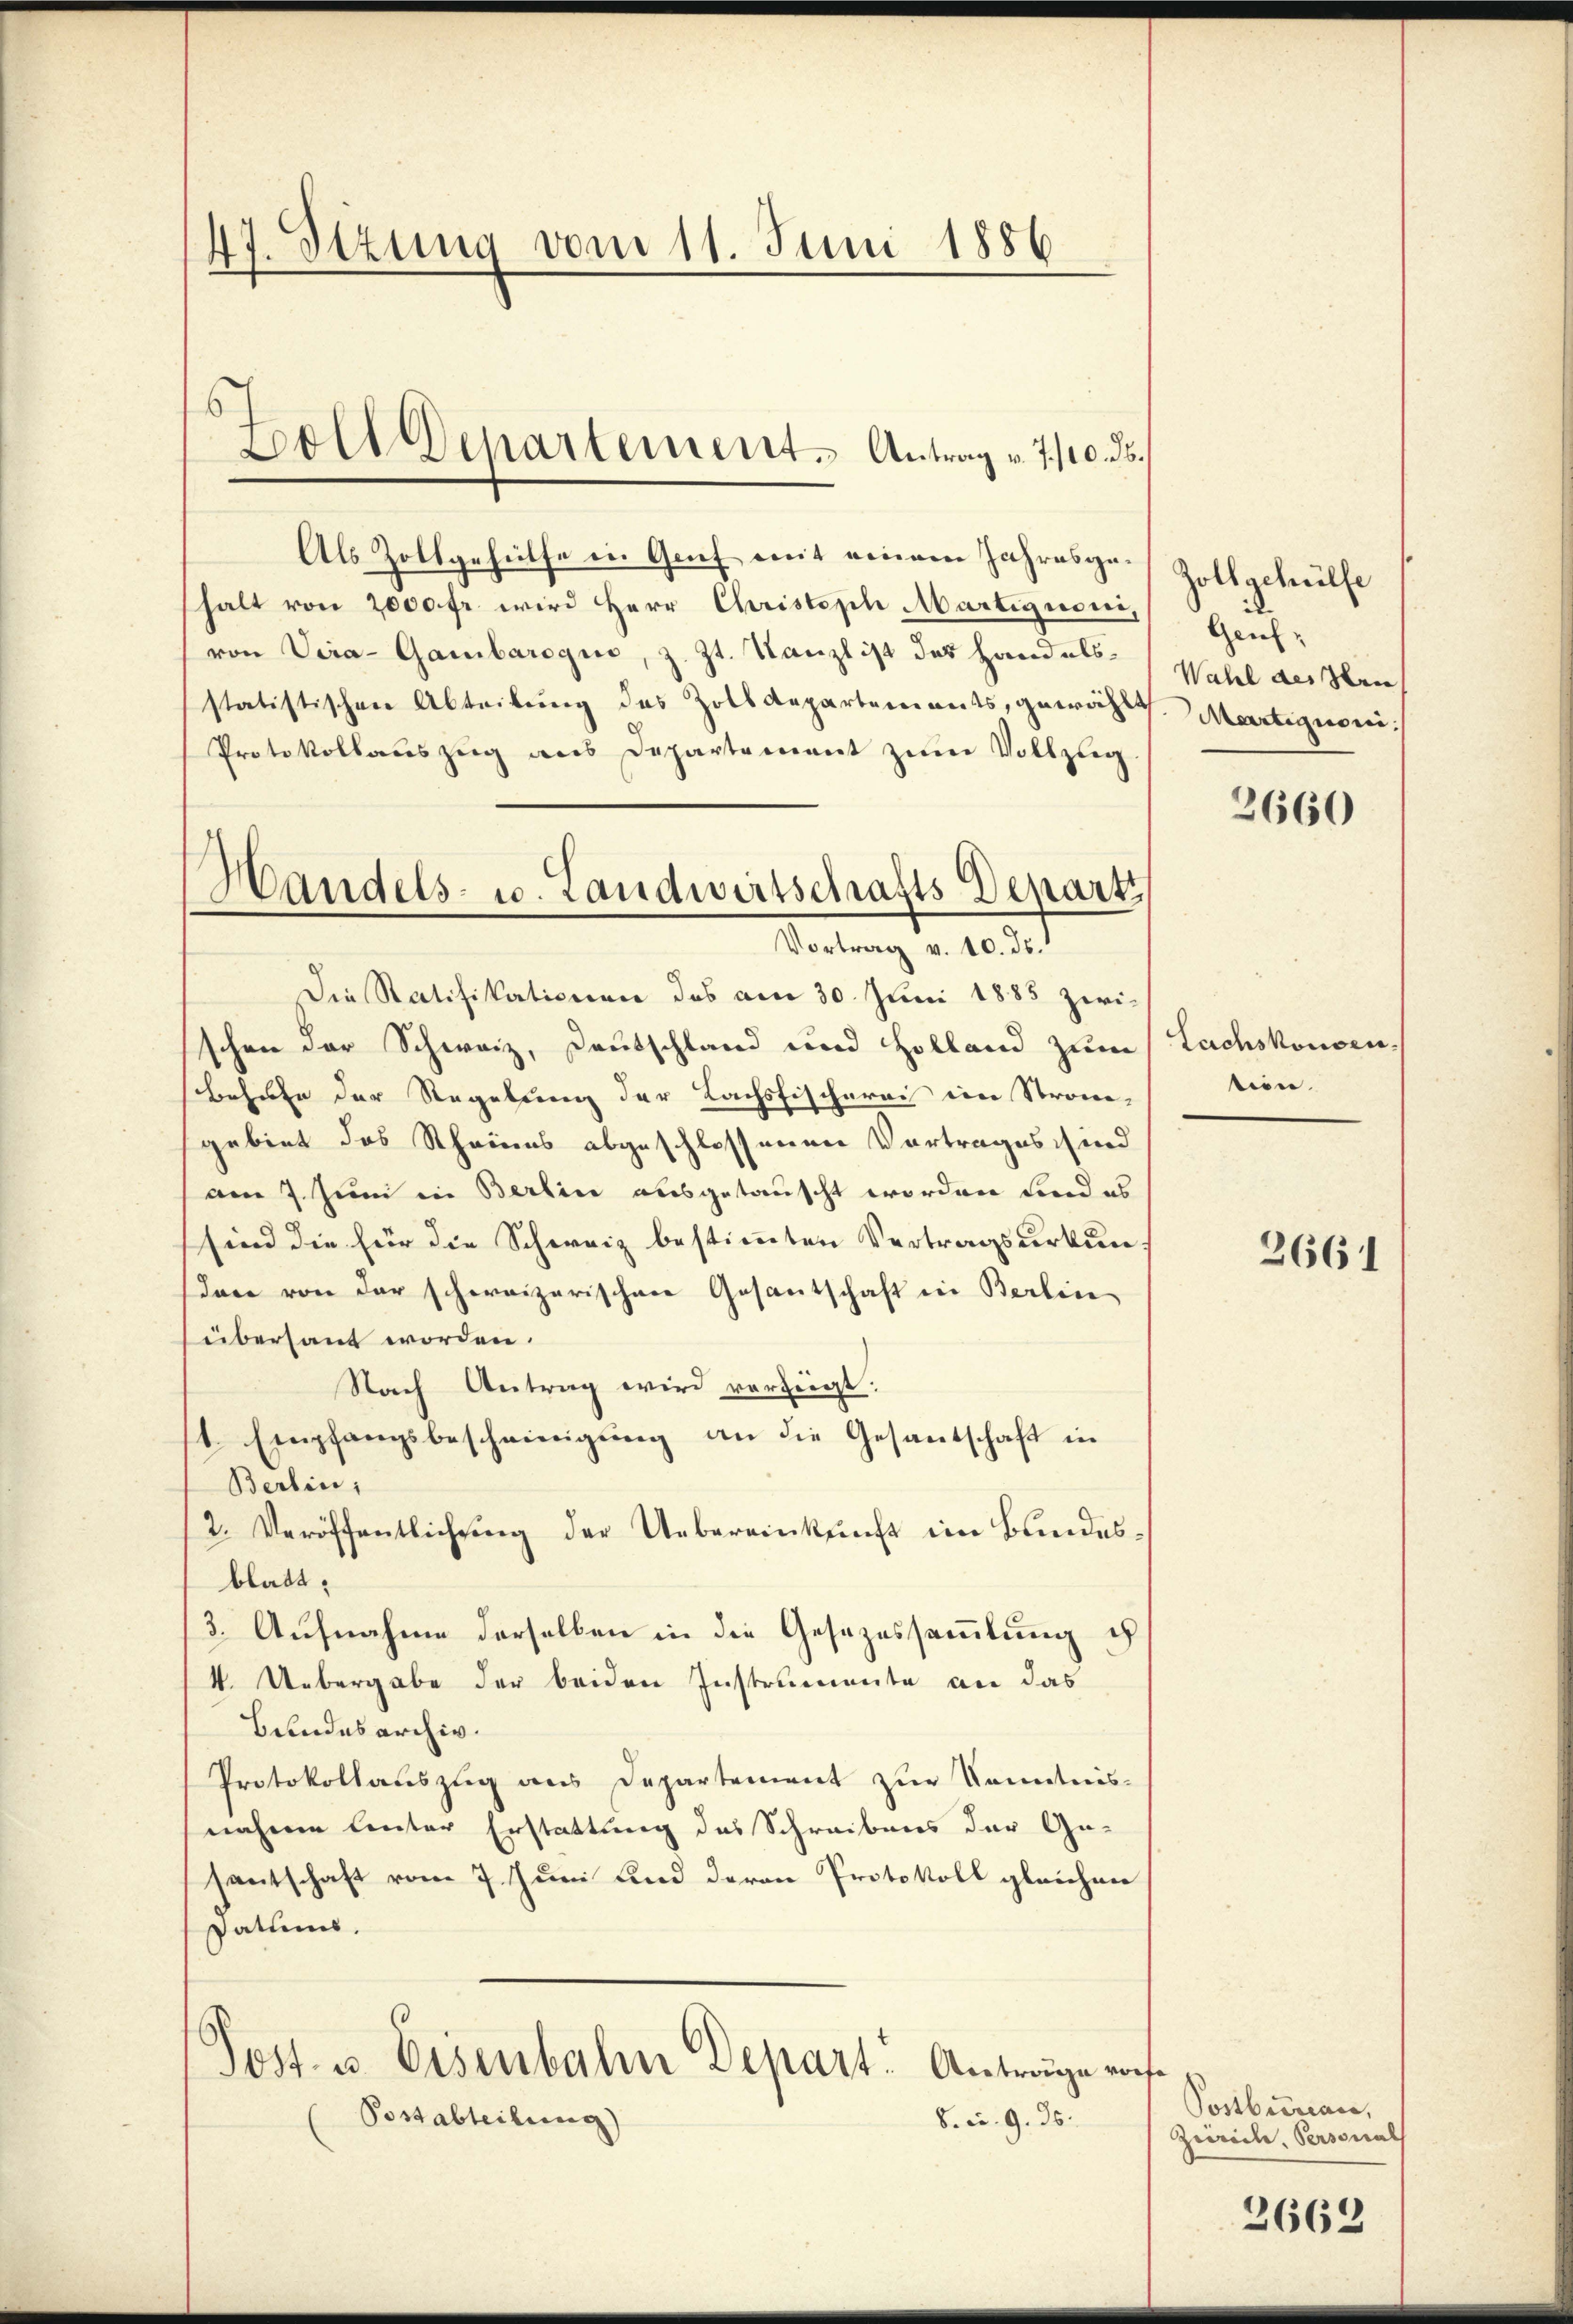
47. Stzung vom 11. Juni 1886.

Als Zollgehülfe in Genf mit einem Jahresge] Zollgehülfe
halt von 2000 fr. wird Herr Christoph Martignori,
von Vira-Gambaroque, z. Zt. Kanzlist das Handels- (Wahl dessen
statistischen Abteilung des Zolldepartements, gewählt
Protokollauszug aus Departement zum Vollzug.
Die Ratifikationen das am 30. Juni 1885 zwischen der Schweiz, Deutschland und Holland zum Lachskonsen.
behufe der Regelung der Lachsfischerei ein Strom-
gebiet das Scheines abgeschlossenen Vortrages sind
am 7. Juni in Berlin ausgetauscht worden und es
sind die für die Schweiz bestimmten Vertragsurkunden von der schweizerischen Gesantschaft in Berlin
übersaut worden.
Nach Antrag wird verfügt:
1 Empfangsbescheinigung an die Gesantschaft in
Berlin,
2. Veröffentlichung der Uebereinkunft im Bundesblatt.
3. Aufnahme derselben in die Gesezessammlung ih
4. Uebergabe der beiden Instrumente an das
Bundesarchiv.
Protokollauszug aus Departement zur Kenntnis-
nahme linter Erstattung des Schreibens der Ge-
santschaft vom 7. Juni und deren Protokoll gleichner
Datums.
Post- u. Eisenbahn Depart. Anträge vors¬
Possabteilung
b. c. 9. ds.

Soll Departements Antrag v. 7./10. ds.

Handels- u. Landwirtschafts Depart
Vortrag v. 10. ds.

Genf,
Martignoni

2660

tion.

2661

Postbureau,
Zürich, Personal

2662